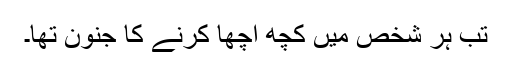
تب ہر شخص میں کچھ اچھا کرنے کا جنون تھا۔